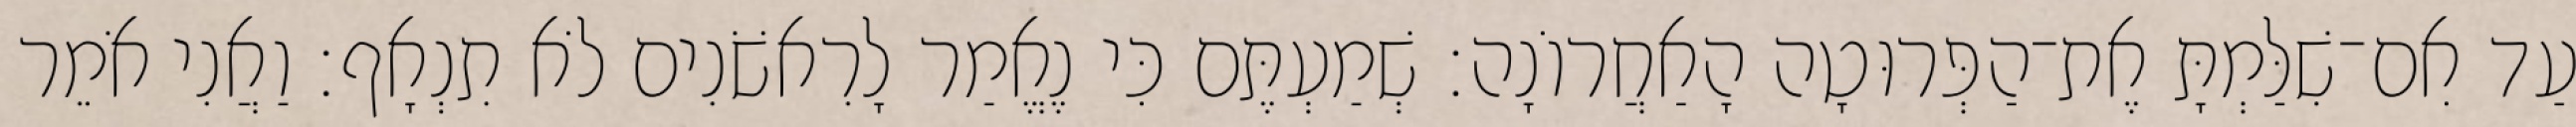
עַד אִם־שִׁלַּמְתָּ אֶת־הַפְּרוּטָה הָאַחֲרוֹנָה׃ שְׁמַעְתֶּם כִּי נֶאֱמַר לָרִאשֹׁנִים לֹא תִנְאָף׃ וַאֲנִי אֹמֵר